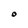
Character: o